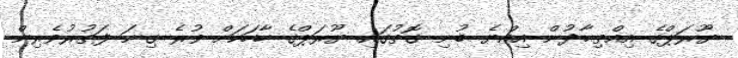
ޔޫރަޕްގެ އިއްތިޙާދުން އިއްޔެ ބުނި ގޮތުގައި ޔޫރަޕްގެ ހާހަކަށް ވުރެ ގިނަ ފަތުރުވެރިން